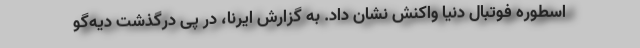
اسطوره فوتبال دنیا واکنش نشان داد. به گزارش ایرنا، در پی درگذشت دیه‌گو